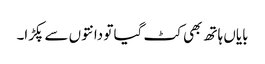
بایاں ہاتھ بھی کٹ گیا تو دانتوں سے پکڑا۔